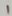
Text: 1